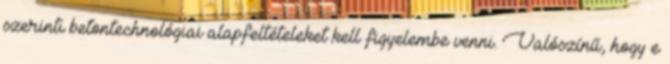
szerinti betontechnológiai alapfeltételeket kell figyelembe venni. Valószínű, hogy e